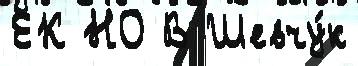
ЕК НО В Шевчу́к